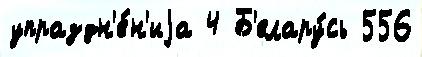
упраздн'е́н'иjа 4 Б'елару́сь 556